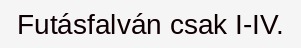
Futásfalván csak I-IV.